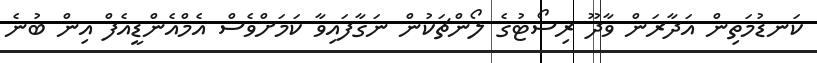
ކަނޑުމަތިން އަދާރަން ވާދޫ ރިސޯޓުގެ ލޯންޗަކުން ނަގާފައިވާ ކަމަށްވެސް އެމްއެންޑީއެފް އިން ބުނެ